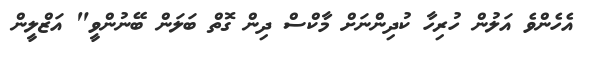
އެހެންވެ އަލުން ހުރިހާ ކުދިންނަށް މާކްސް ދިން ގޮތް ބަލަން ބޭނުންވީ" އަޒްލީން